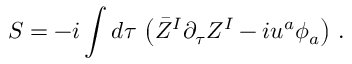
S = - i \int d \tau \, \left( \bar { \cal Z } ^ { I } \partial _ { \tau } { \cal Z } ^ { I } - i u ^ { a } \phi _ { a } \right) \, .